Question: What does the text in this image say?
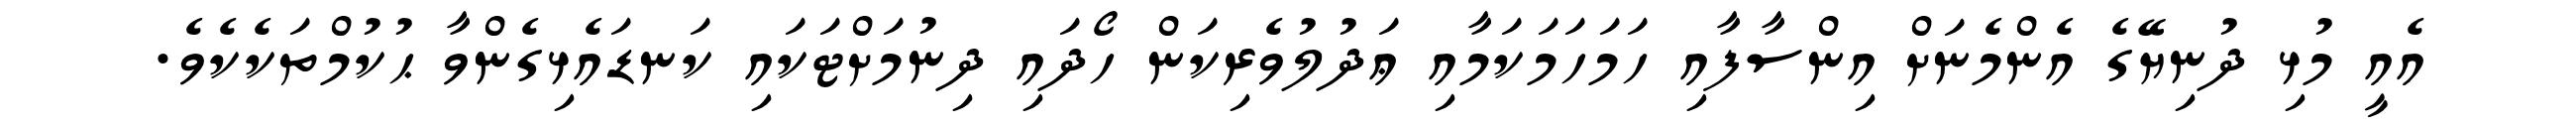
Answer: އެއީ މުޅި ދުނިޔޭގެ އެންމެނަށް އިންސާފާއި ހަމަހަމަކަމާއި ޢަދުލުވެރިކަން ހޯދައި ދިނުމަށްޓަކައި ކަނޑައެޅިގެންވާ ޙުކުމްތަކެކެވެ.